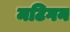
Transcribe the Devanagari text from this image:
मटिगन